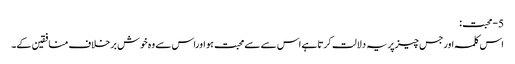
5-محبت:
اس کلمہ اورجس چیزپریہ دلالت کرتاہے اس سے سےمحبت ہو اوراس سے وہ خوش برخلاف منافقین کے۔